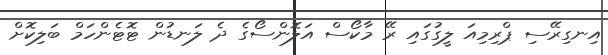
އިނގިރޭސި ޕްރިމިއަ ލީގުގައި ރޭ މާކޯސް އަލޮންސޯގެ ދެ ލަނޑުން ޓޮޓެންހަމް ބަލިކޮށް